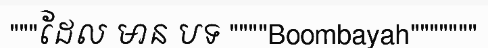
"""ដែល មាន បទ """"Boombayah"""""""